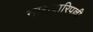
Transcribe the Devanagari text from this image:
नारावारिपल्ली